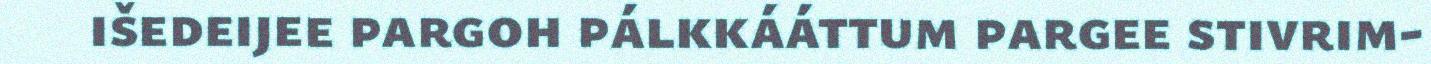
išedeijee pargoh pálkkááttum pargee stivrim-